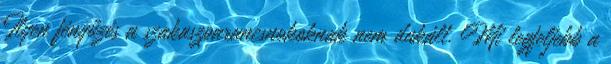
Ilyen fényűzés a szakaszparancsnokoknak nem dukált. Mi legfeljebb a